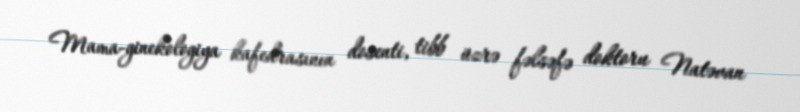
Mama-ginekologiya kafedrasının dosenti, tibb üzrə fəlsəfə doktoru Natəvan